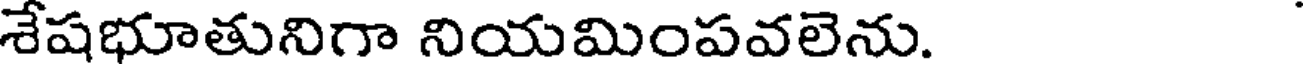
శేషభూతునిగా నియమింపవలెను.